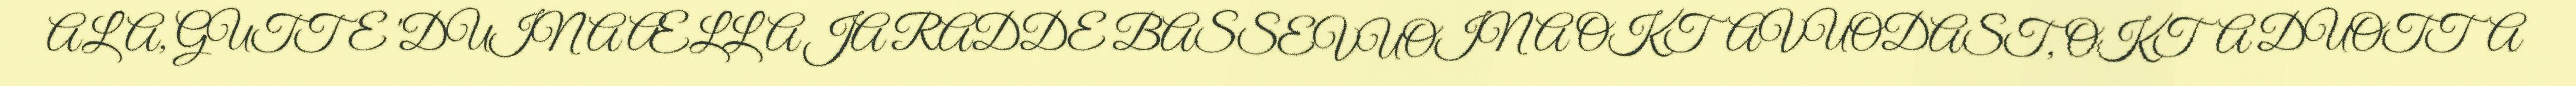
ALA, GUTTE 'DUINA ÆLLA JA RADDE BASSEVUOINA OKTAVUODAST, OKTA DUOTTA